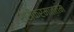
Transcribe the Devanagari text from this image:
श्रीक्रमात्तम